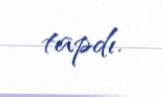
tapdı.